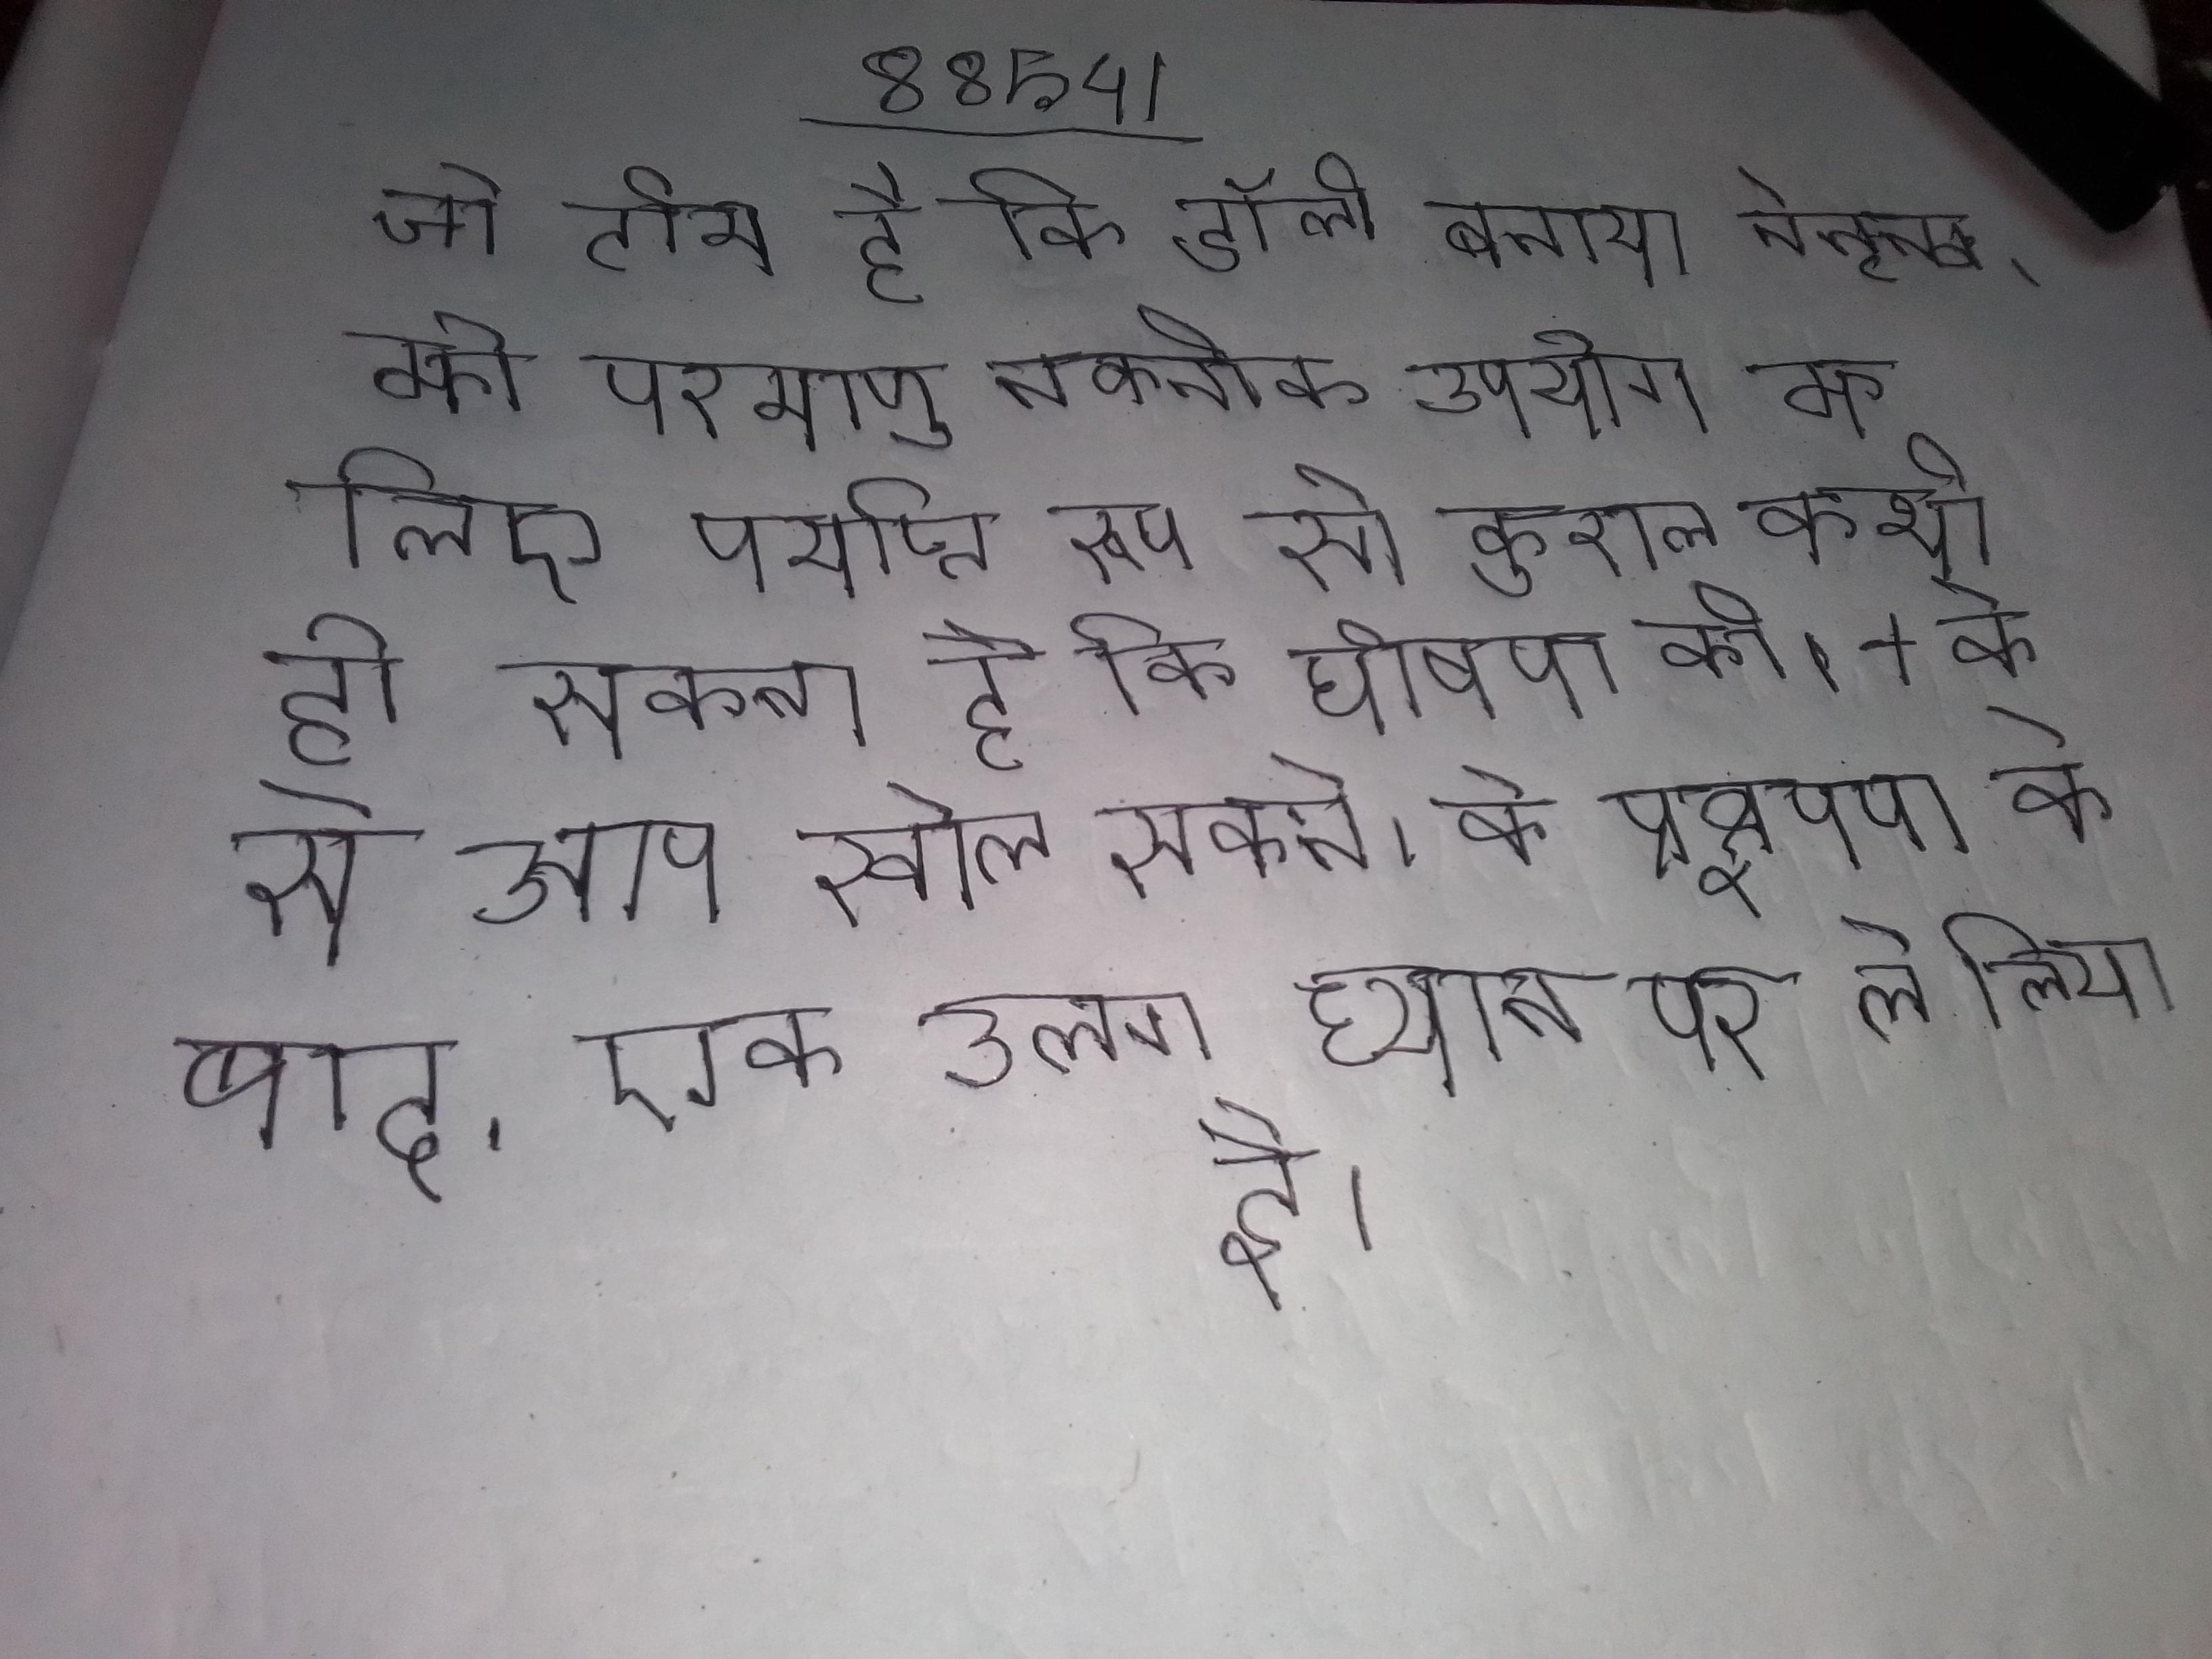
जो टीम है कि डॉली बनाया नेतृत्व, को परमाणु तकनीक उपयोग के लिए पर्याप्त रूप से कुशल कभी हो सकता है कि घोषणा की । + के से आप खोल सकते । के प्रक्षेपण के बाद, एक अलग ध्यान पर ले लिया है ।